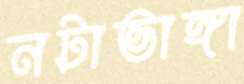
নটাভাঙ্গা